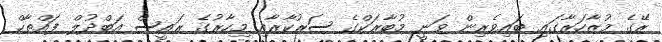
ރޭގެ މުޒާހަރާގައި ބައިވެރިން ވަނީ މުބާރަކްގެ ސަރުކާރާއި މިހާރުގެ ރައީސް އަބްދުލް ފައްތާހް